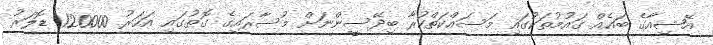
އޭޝިއާގެ ބައެއް ގައުމުތަކުގައި މަސައްކަތްކުރާ ބިދޭސީންނަށް މުސާރައިގެ ގޮތުގައި އަހަރު 120000 ޑޮލަރު